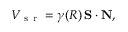
\begin{array} { r } { V _ { \mathrm { ~ s ~ r ~ } } = \gamma ( R ) \, { \bf S } \cdot { \bf N } , } \end{array}